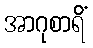
အာဂုစာရိံ